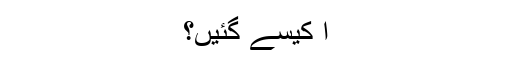
آ کیسے گئیں؟